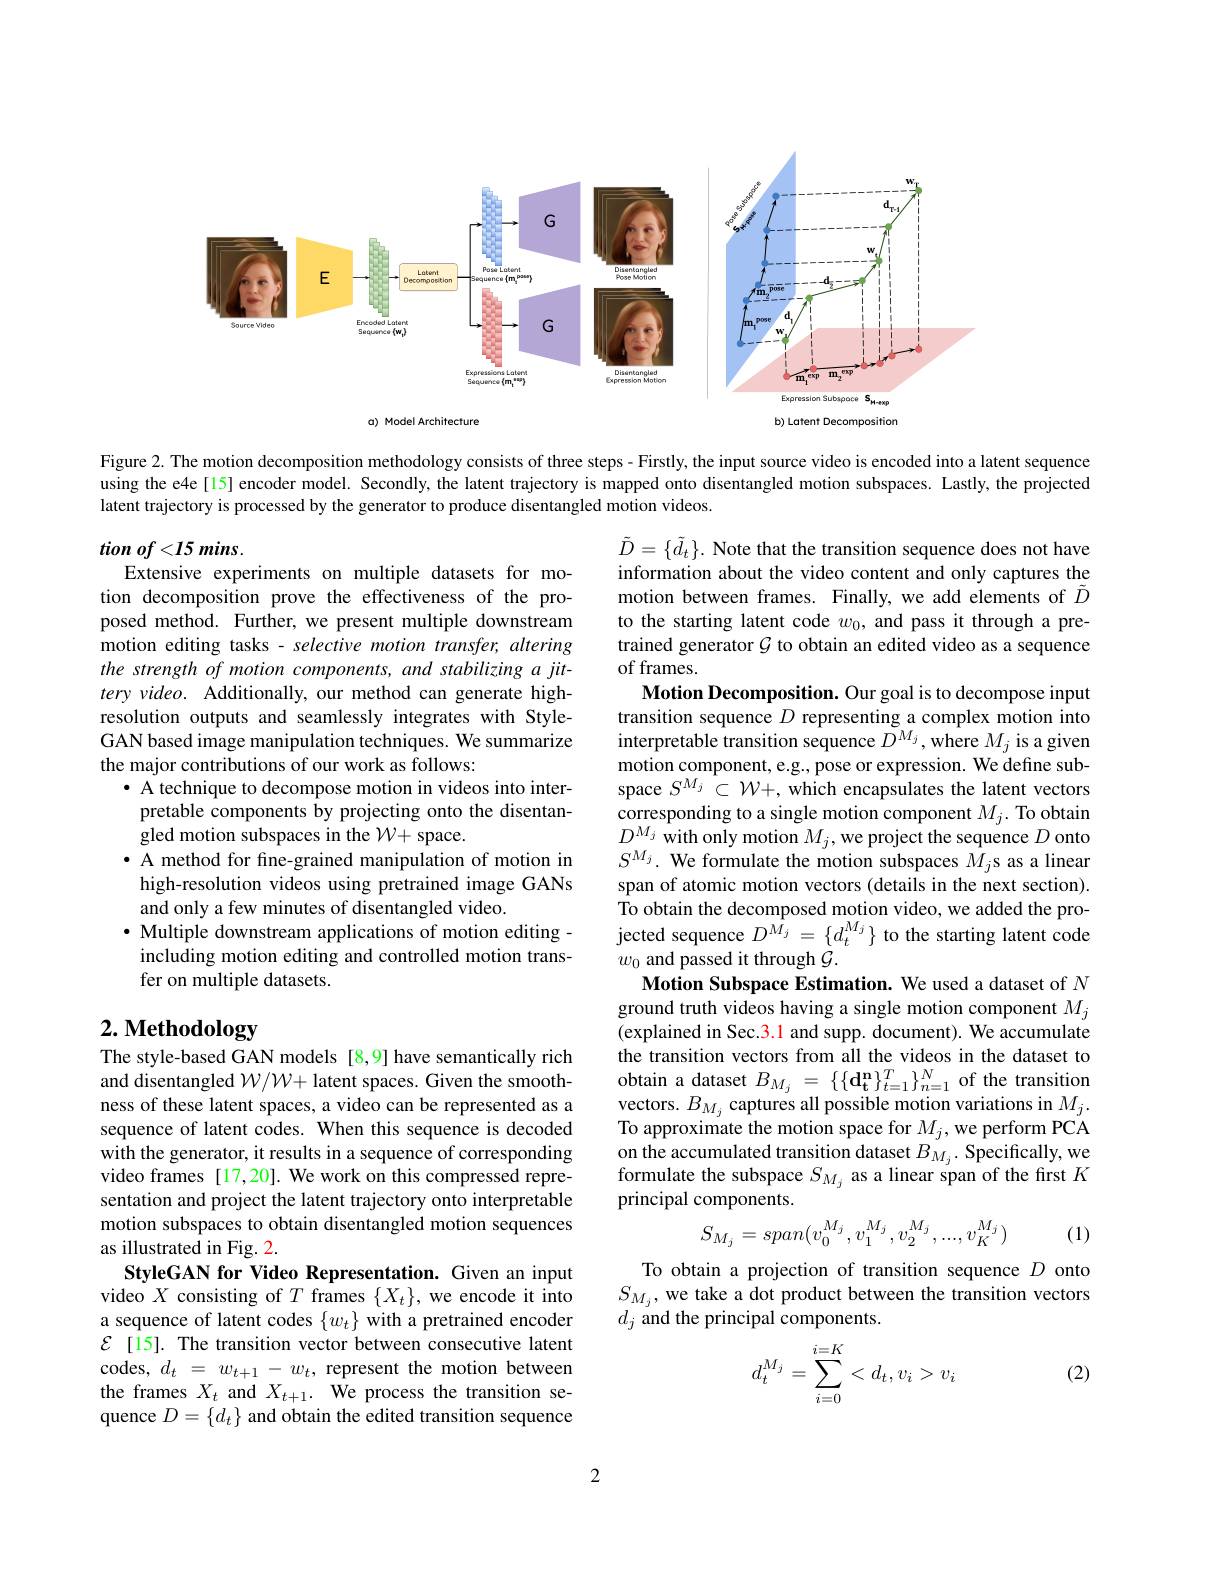
<FigureHere>

Figure 2. The motion decomposition methodology consists of three steps- Firstly, the input source video is encoded into a latent sequence using the e4e[15] encoder model. Secondly, the latent trajectory is mapped onto disentangled motion subspaces. Lastly, the projected latent trajectory is processed by the generator to produce disentangled motion videos.

$tion\textit{ of}< 15\textit{ mins}.$
Extensive experiments on multiple datasets for motion decomposition prove the effectiveness of the proposed method. Further, we present multiple downstream motion editing tasks - selective motion transfer, altering the strength of motion components, and stabilizing a jittery video. Additionally, our method can generate highresolution outputs and seamlessly integrates with StyleGAN based image manipulation techniques. We summarize the major contributions of our work as follows:
· A technique to decompose motion in videos into inter-
pretable components by projecting onto the disentan-
gled motion subspaces in the $\mathcal{W}+$ space.
· A method for fine-grained manipulation of motion in high-resolution videos using pretrained image GANs and only a few minutes of disentangled video.
$\bullet$ Multiple downstream applications of motion editing-
including motion editing and controlled motion trans-
fer on multiple datasets.

$\tilde{D}=\{\tilde{d}_t\}.$ Note that the transition sequence does not have information about the video content and only captures the motion between frames. Finally, we add elements of $\tilde{D}$ to the starting latent code $w_0$, and pass it through a pretrained generator $\mathcal{G}$ to obtain an edited video as a sequence of frames.
Motion Decomposition. Our goal is to decompose input transition sequence $D$ representing a complex motion into $\hat{\text{interpretable transition sequence }D^{M_{j}}},\hat{\text{where }M_{j}}$ is a given motion component, e.g., pose or expression. We define subspace $S^{M_{j}}\subset\mathcal{W}+$, which encapsulates the latent vectors $\begin{array}{l}\text{corresponding to a single motion component }M_{j}.\text{ To obtain}\\D^{M_{j}}\text{ with only motion }M_{j},\text{we project the sequence }D\text{ onto}\end{array}$ $S^{M_{j}}.$ We formulate the motion subspaces $M_{j}$s as a linear span of atomic motion vectors (details in the next section). To obtain the decomposed motion video, we added the projected sequence $D^{M_{j}}=\{d_{t}^{M_{j}}\}$ to the starting latent code $w_0$ and passed it through $\mathcal{G}.$
Motion Subspace Estimation. We used a dataset of $N$ ground truth videos having a single motion component $M_j$ (explained in Sec.3.1 and supp. document). We accumulate the transition vectors from all the videos in the dataset to obtain a dataset $B_{M_j}=\{\{\mathbf{d}_{\mathbf{t}}^{\mathbf{n}}\}_{t=1}^{T}\}_{n=1}^{N}$ of the transition vectors. $B_{M_{j}}$ captures all possible motion variations in $M_{j}.$ To approximate the motion space for $M_j$,we perform PCA on the accumulated transition dataset $B_{M_{j}}.$ Specifically, we formulate the subspace $S_{M_{j}}$ as a linear span of the first $K$ principal components.
$$S_{M_{j}}=span(v_{0}^{M_{j}},v_{1}^{M_{j}},v_{2}^{M_{j}},...,v_{K}^{M_{j}})$$
(1)

# 2. Methodology

The style-based GAN models [8,9] have semantically rich and disentangled $\mathcal{W}/\mathcal{W}+$ latent spaces. Given the smoothness of these latent spaces, a video can be represented as a sequence of latent codes. When this sequence is decoded with the generator, it results in a sequence of corresponding video frames[17,20]. We work on this compressed representation and project the latent trajectory onto interpretable motion subspaces to obtain disentangled motion sequences as illustrated in Fig. 2.
StyleGAN for Video Representation. Given an input video $X$ consisting of $T$ frames $\{X_t\}$, we encode it into a sequence of latent codes $\{w_t\}$ with a pretrained encoder $\mathcal{E}$ [15]. The transition vector between consecutive latent codes, $d_t=w_{t+1}-w_t$, represent the motion between the frames $X_t$ and $X_t+1.$ We process the transition sequence $D=\{d_t\}$ and obtain the edited transition sequence

To obtain a projection of transition sequence $D$ onto $S_{M_{j}}$, we take a dot product between the transition vectors $d_j$ and the principal components.
$$d_t^{M_j}=\sum_{i=0}^{i=K}<d_t,v_i>v_i$$
(2)

2